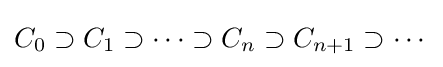
C_{0}\supset C_{1}\supset \cdots \supset C_{n}\supset C_{n+1}\supset \cdots